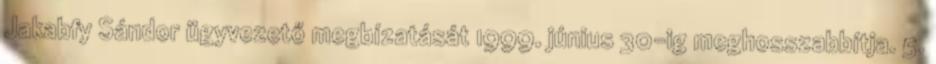
Jakabfy Sándor ügyvezető megbízatását 1999. június 30-ig meghosszabbítja. 5.